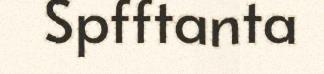
Spfftanta